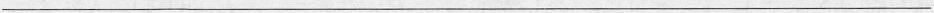
___